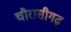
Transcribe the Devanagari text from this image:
चौरासीगढ़